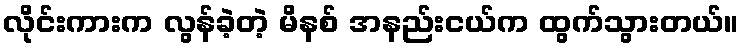
လိုင်းကားက လွန်ခဲ့တဲ့ မိနစ် အနည်းငယ်က ထွက်သွားတယ်။